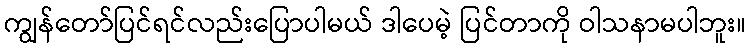
ကျွန်တော်ပြင်ရင်လည်းပြောပါမယ် ဒါပေမဲ့ ပြင်တာကို ဝါသနာမပါဘူး။